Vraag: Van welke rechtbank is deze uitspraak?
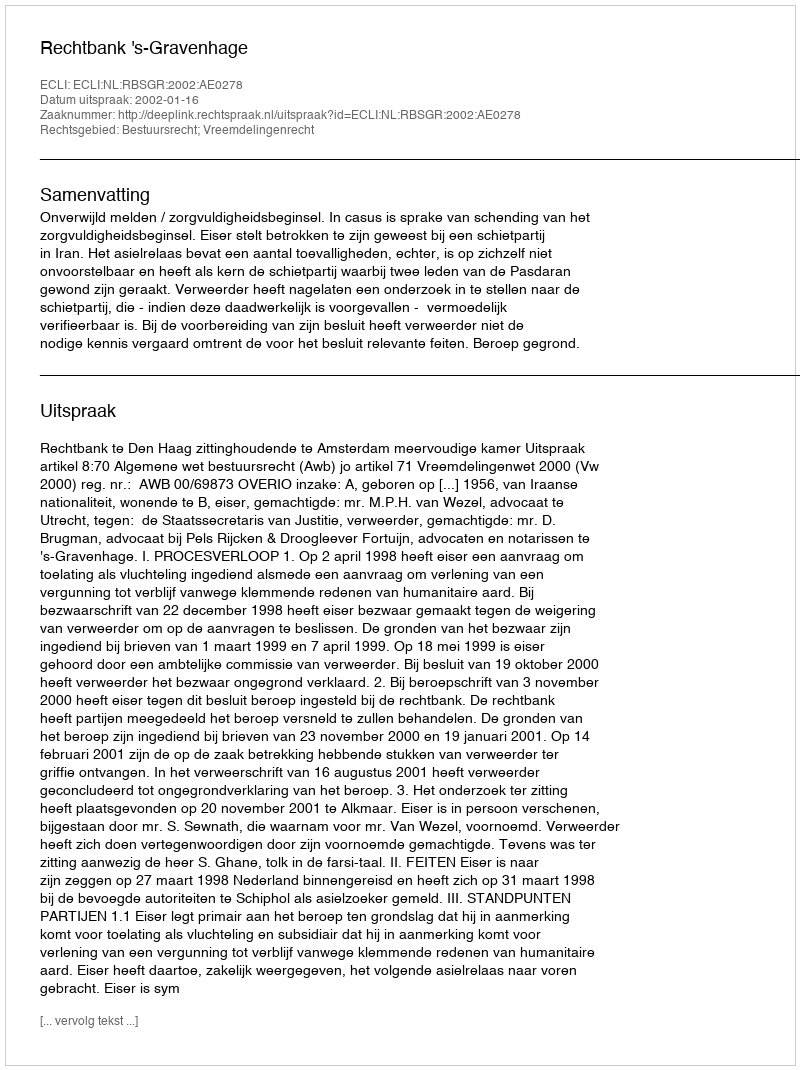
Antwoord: Rechtbank 's-Gravenhage